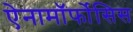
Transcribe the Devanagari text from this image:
ऐनामॉर्फोसिस